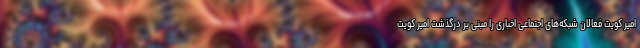
امیر کویت فعالان شبکه‌های اجتماعی اخباری را مبنی بر درگذشت امیر کویت